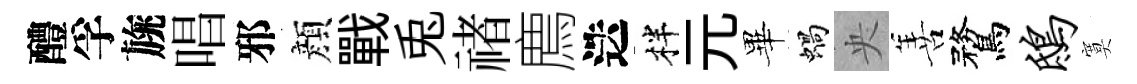
醴孚旐唱邪顔戰兎禇廌迭柈元畢蝸央善鶩鸱寞